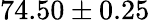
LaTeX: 74.50\pm 0.25